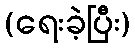
(ရေးခဲ့ပြီး)